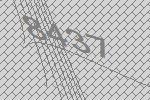
8437